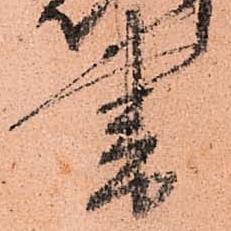
書